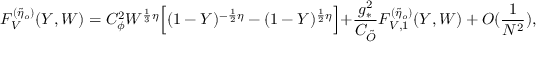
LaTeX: { \cal { F } } _ { V } ^ { ( \tilde { \eta } _ { o } ) } ( Y , W ) = C _ { \phi } ^ { 2 } W ^ { \frac { 1 } { 3 } \eta } \Bigl [ ( 1 - Y ) ^ { - \frac { 1 } { 2 } \eta } - ( 1 - Y ) ^ { \frac { 1 } { 2 } \eta } \Bigl ] + \frac { g _ { * } ^ { 2 } } { C _ { \tilde { O } } } { \cal { F } } _ { V , 1 } ^ { ( \tilde { \eta } _ { o } ) } ( Y , W ) + O ( \frac { 1 } { N ^ { 2 } } ) ,